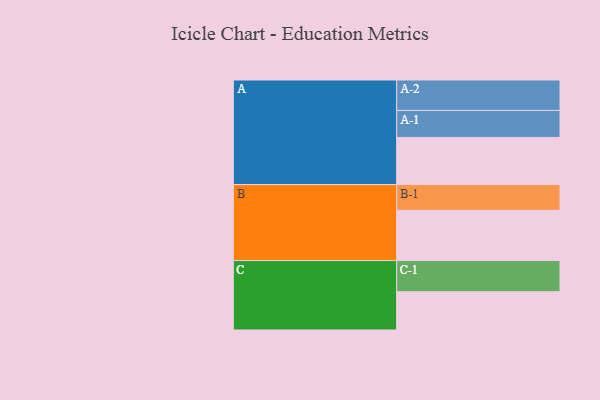
{"axis": {"x": "Segment", "y": "Value"}, "legend": ["", "A", "B", "C"], "data": [{"x": "A", "y": 434, "type": ""}, {"x": "B", "y": 462, "type": ""}, {"x": "C", "y": 352, "type": ""}, {"x": "A-1", "y": 248, "type": "A"}, {"x": "A-2", "y": 280, "type": "A"}, {"x": "B-1", "y": 237, "type": "B"}, {"x": "C-1", "y": 287, "type": "C"}]}